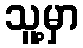
သူ့မှာ